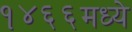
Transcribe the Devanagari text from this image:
१४६६मध्ये